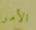
الأمر